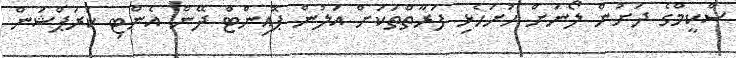
ސްކީމްގެ ދަށުން ލޯނަށް ހުށަހެޅި ފަރާތްތަކަށް އަލުން ޕޮއިންޓް ދޭން އެންޓި ކަރަޕްޝަން